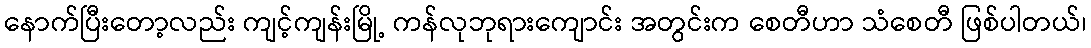
နောက်ပြီးတော့လည်း ကျင့်ကျန်းမြို့ ကန်လုဘုရားကျောင်း အတွင်းက စေတီဟာ သံစေတီ ဖြစ်ပါတယ်၊